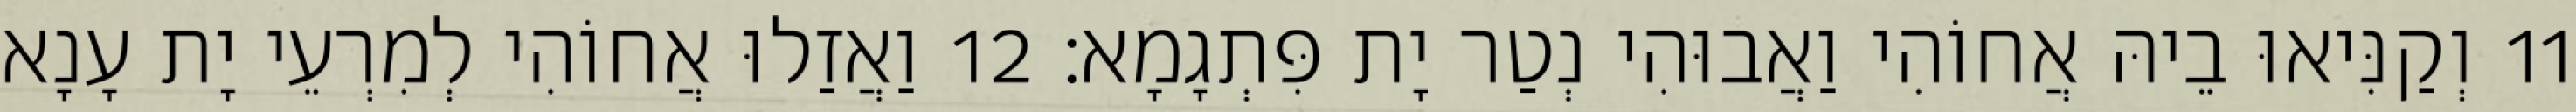
11 וְקַנִּיאוּ בֵיהּ אֲחוֹהִי וַאֲבוּהִי נְטַר יָת פִּתְגָמָא׃ 12 וַאֲזַלוּ אֲחוֹהִי לְמִרְעֵי יָת עָנָא